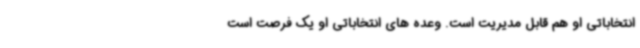
انتخاباتی او هم قابل مدیریت است. وعده های انتخاباتی او یک فرصت است